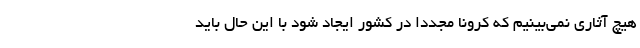
هیچ آثاری نمی‌بینیم که کرونا مجدداً در کشور ایجاد شود با این حال باید